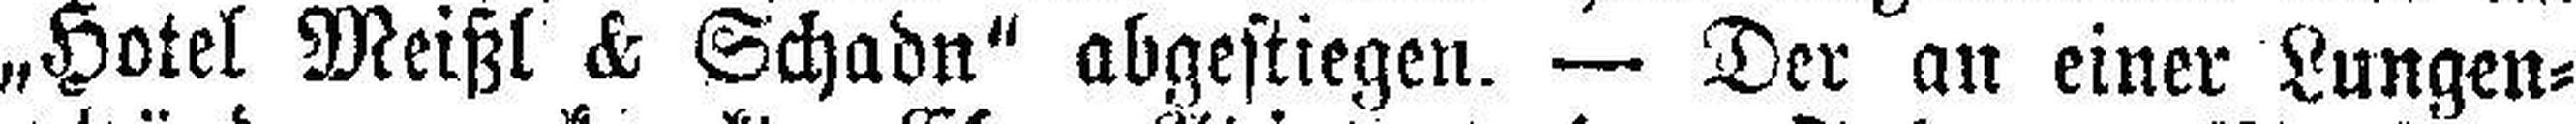
„Hotel Meißl & Schadn" abgestiegen. — Der an einer Lungen¬